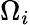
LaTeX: \Omega_{i}